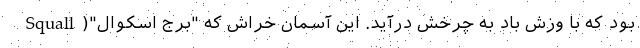
بود که با وزش باد به چرخش درآید. این آسمان خراش که "برج اسکوال"(Squall